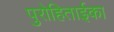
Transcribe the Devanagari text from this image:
पुरोहिताईका